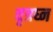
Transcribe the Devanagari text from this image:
वृत्रघ्न